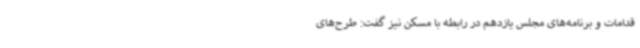
قدامات و برنامه‌های مجلس یازدهم در رابطه با مسکن نیز گفت: طرح‌های